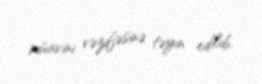
müavini vəzifəsinə təyin edilib.